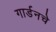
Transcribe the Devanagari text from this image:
गार्डनचे